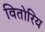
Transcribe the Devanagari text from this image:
वितोरिय